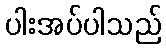
ပါးအပ်ပါသည်